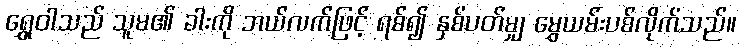
ရွှေဝါသည် သူမ၏ ခါးကို ဘယ်လက်ဖြင့် ရစ်၍ နှစ်ပတ်မျှ မွှေယမ်းပစ်လိုက်သည်။